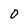
Character: O